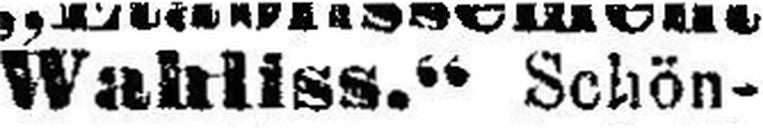
Wahlis.“ Schön¬